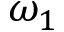
\omega _ { 1 }